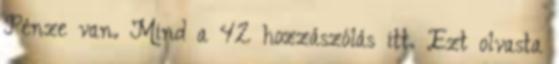
Pénze van. Mind a 42 hozzászólás itt. Ezt olvasta